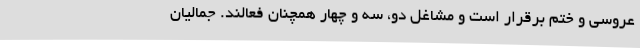
عروسی و ختم برقرار است و مشاغل دو، سه و چهار همچنان فعالند. جمالیان